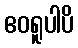
ဧဝရူပါပိ